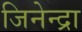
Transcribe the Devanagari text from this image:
जिनेन्द्रा